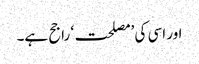
اور اسی کی ’مصلحت‘ راجح ہے۔